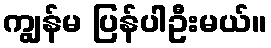
ကျွန်မ ပြန်ပါဦးမယ်။